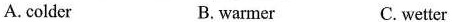
A.colder B.warmer C. wetter